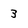
Character: 3